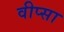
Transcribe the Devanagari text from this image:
वीप्सा